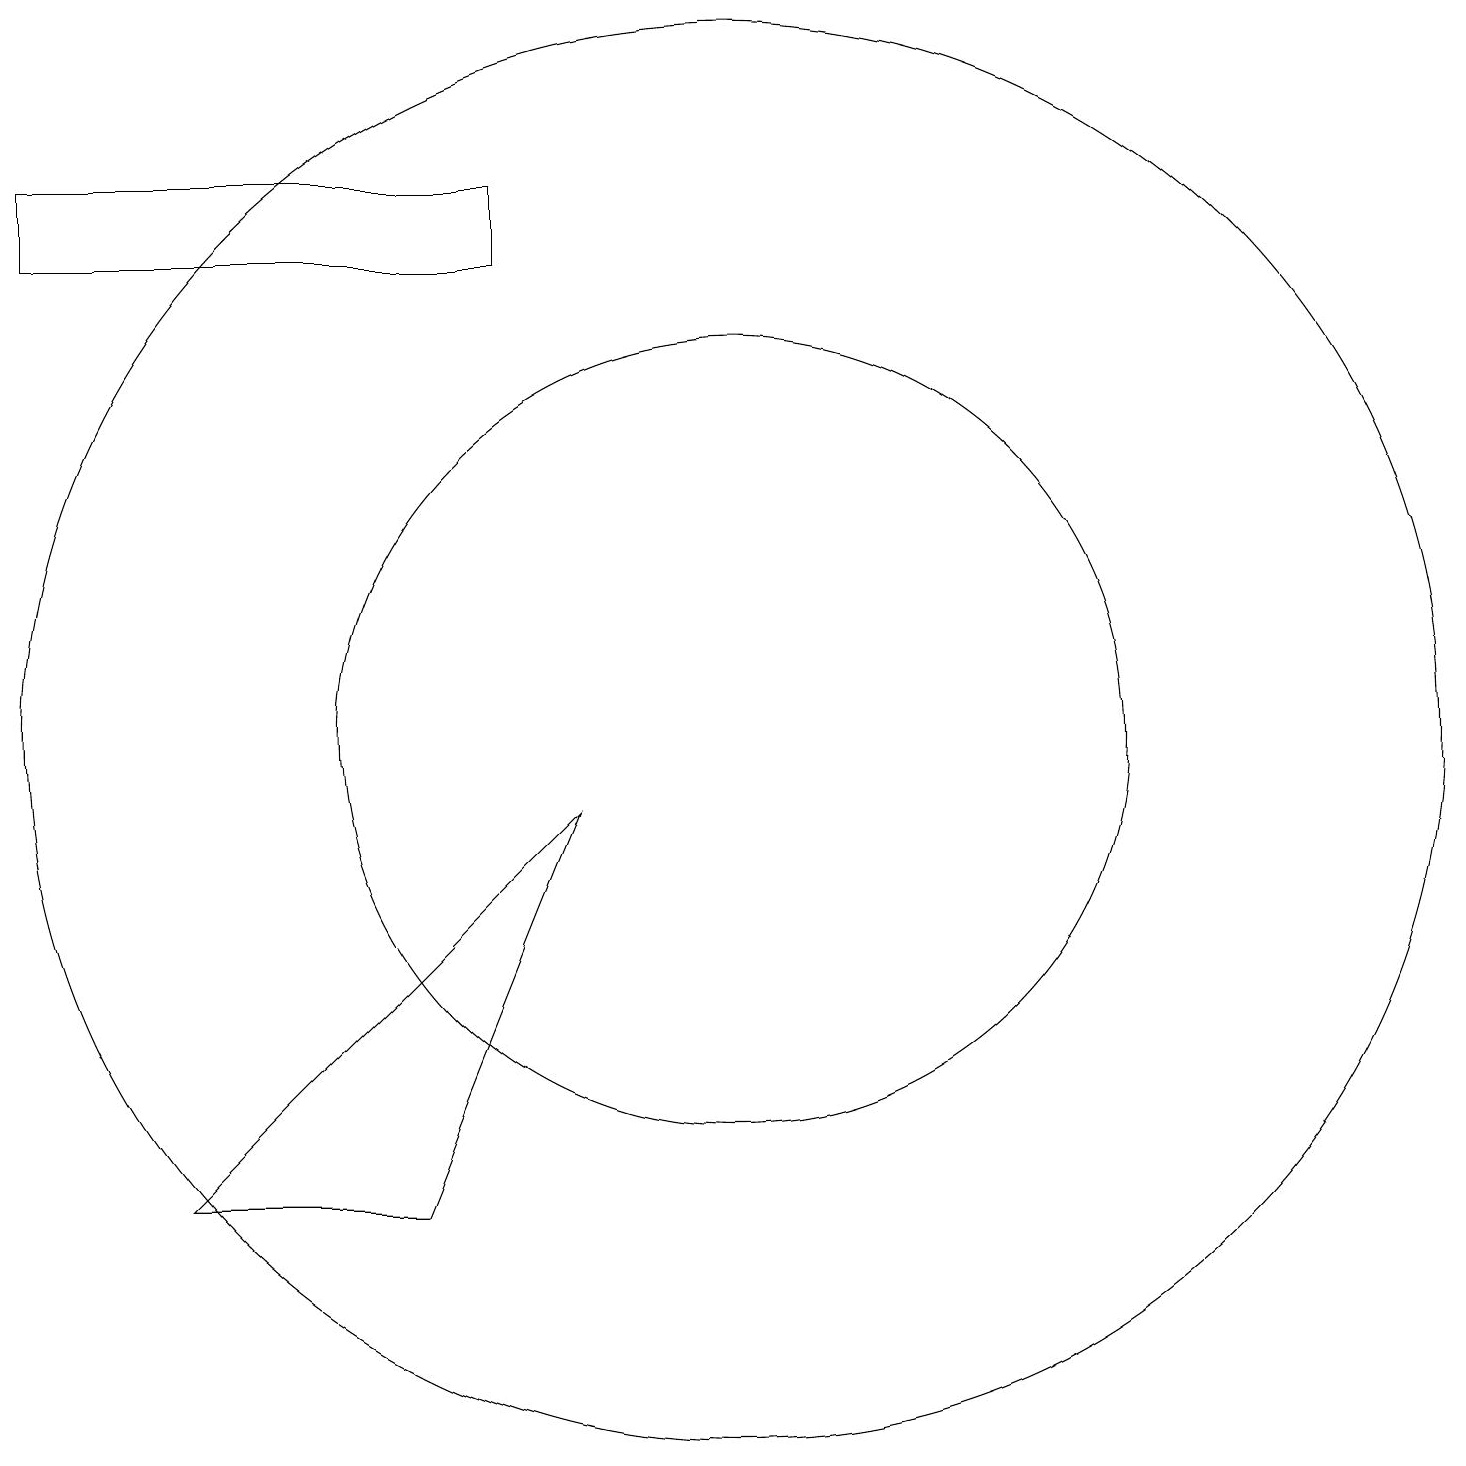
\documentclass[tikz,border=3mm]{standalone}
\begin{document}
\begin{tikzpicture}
\draw (10,10) circle (9);
\draw (7,16) rectangle (1,17);
\draw (3,4) -- (8,9) -- (6,4) -- cycle;
\draw (10,10) circle (5);
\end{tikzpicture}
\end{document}